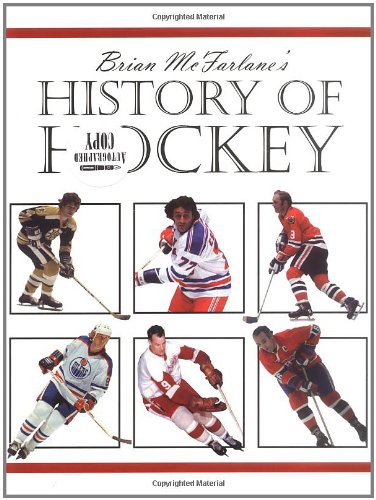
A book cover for Brian McFarlane's History of Hockey; Brian McFarlane; Sports & Outdoors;